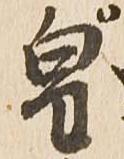
皇